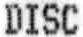
DISC